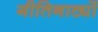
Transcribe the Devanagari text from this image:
गीतिनाट्यों